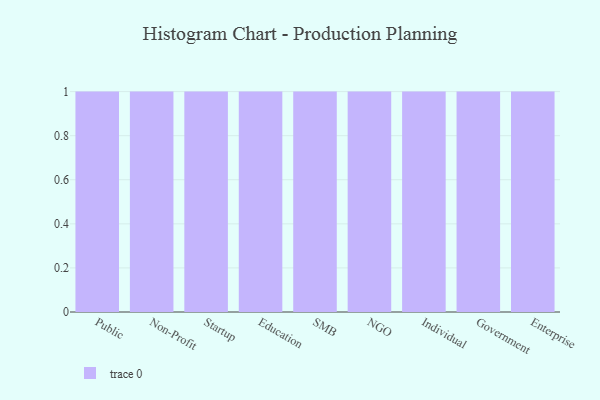
{"axis": {"x": "Segment", "y": "Website Visitors"}, "legend": [""], "data": [{"x": "Public", "y": 1, "type": ""}, {"x": "Non-Profit", "y": 93, "type": ""}, {"x": "Startup", "y": 77, "type": ""}, {"x": "Education", "y": 98, "type": ""}, {"x": "SMB", "y": 96, "type": ""}, {"x": "NGO", "y": 7, "type": ""}, {"x": "Individual", "y": 83, "type": ""}, {"x": "Government", "y": 46, "type": ""}, {"x": "Enterprise", "y": 59, "type": ""}]}